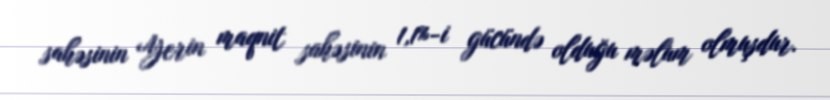
sahəsinin Yerin maqnit sahəsinin 1,1%-i gücündə olduğu məlum olmuşdur.